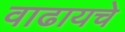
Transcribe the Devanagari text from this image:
वाढायचे